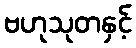
ဗဟုသုတနှင့်